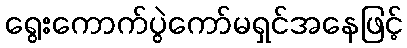
ရွေးကောက်ပွဲကော်မရှင်အနေဖြင့်